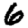
Digit: 6